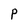
Character: P